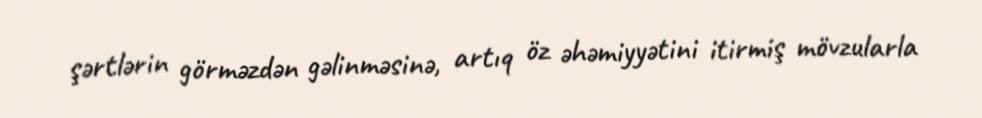
şərtlərin görməzdən gəlinməsinə, artıq öz əhəmiyyətini itirmiş mövzularla